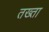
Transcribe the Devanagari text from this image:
तख्‍ता